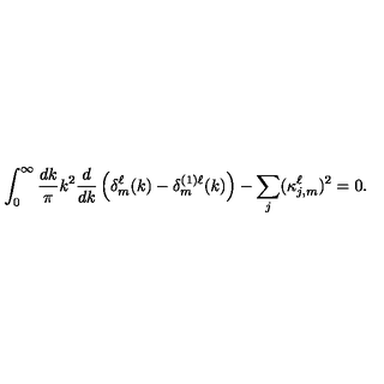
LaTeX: \int _ { 0 } ^ { \infty } \frac { d k } { \pi } k ^ { 2 } \frac { d } { d k } \left( \delta _ { m } ^ { \ell } ( k ) - \delta _ { m } ^ { ( 1 ) \ell } ( k ) \right) - \sum _ { j } ( \kappa _ { j , m } ^ { \ell } ) ^ { 2 } = 0 .